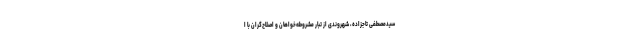
سیدمصطفی تاجزاده، شهروندی از تبار مشروطه‌خواهان و اصلاح‌گران با ا